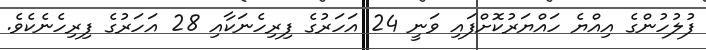
ފުލުހުންގެ އިއްޔެ ހައްޔަރުކޮށްފައި ވަނީ 24 އަހަރުގެ ފިރިހެނަކާއި 28 އަހަރުގެ ފިރިހެނެކެވެ.